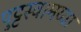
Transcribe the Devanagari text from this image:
पुट्टस्वामय्या